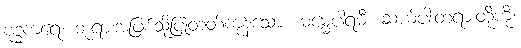
ဗုဒ္ဓကရေ၊ ဘုရားအဖြစ်သို့ပြုတတ်ကုန်သော။ ဓမ္မေပါရမီ၊ ဆယ်ပါးတရားတို့ကို။